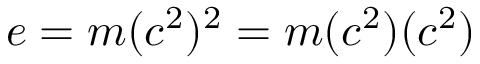
e = m ( c ^ { 2 } ) ^ { 2 } = m ( c ^ { 2 } ) ( c ^ { 2 } )